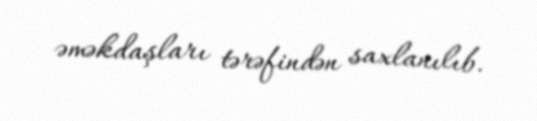
əməkdaşları tərəfindən saxlanılıb.